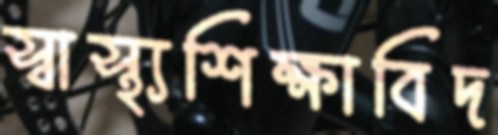
স্বাস্থ্যশিক্ষাবিদ